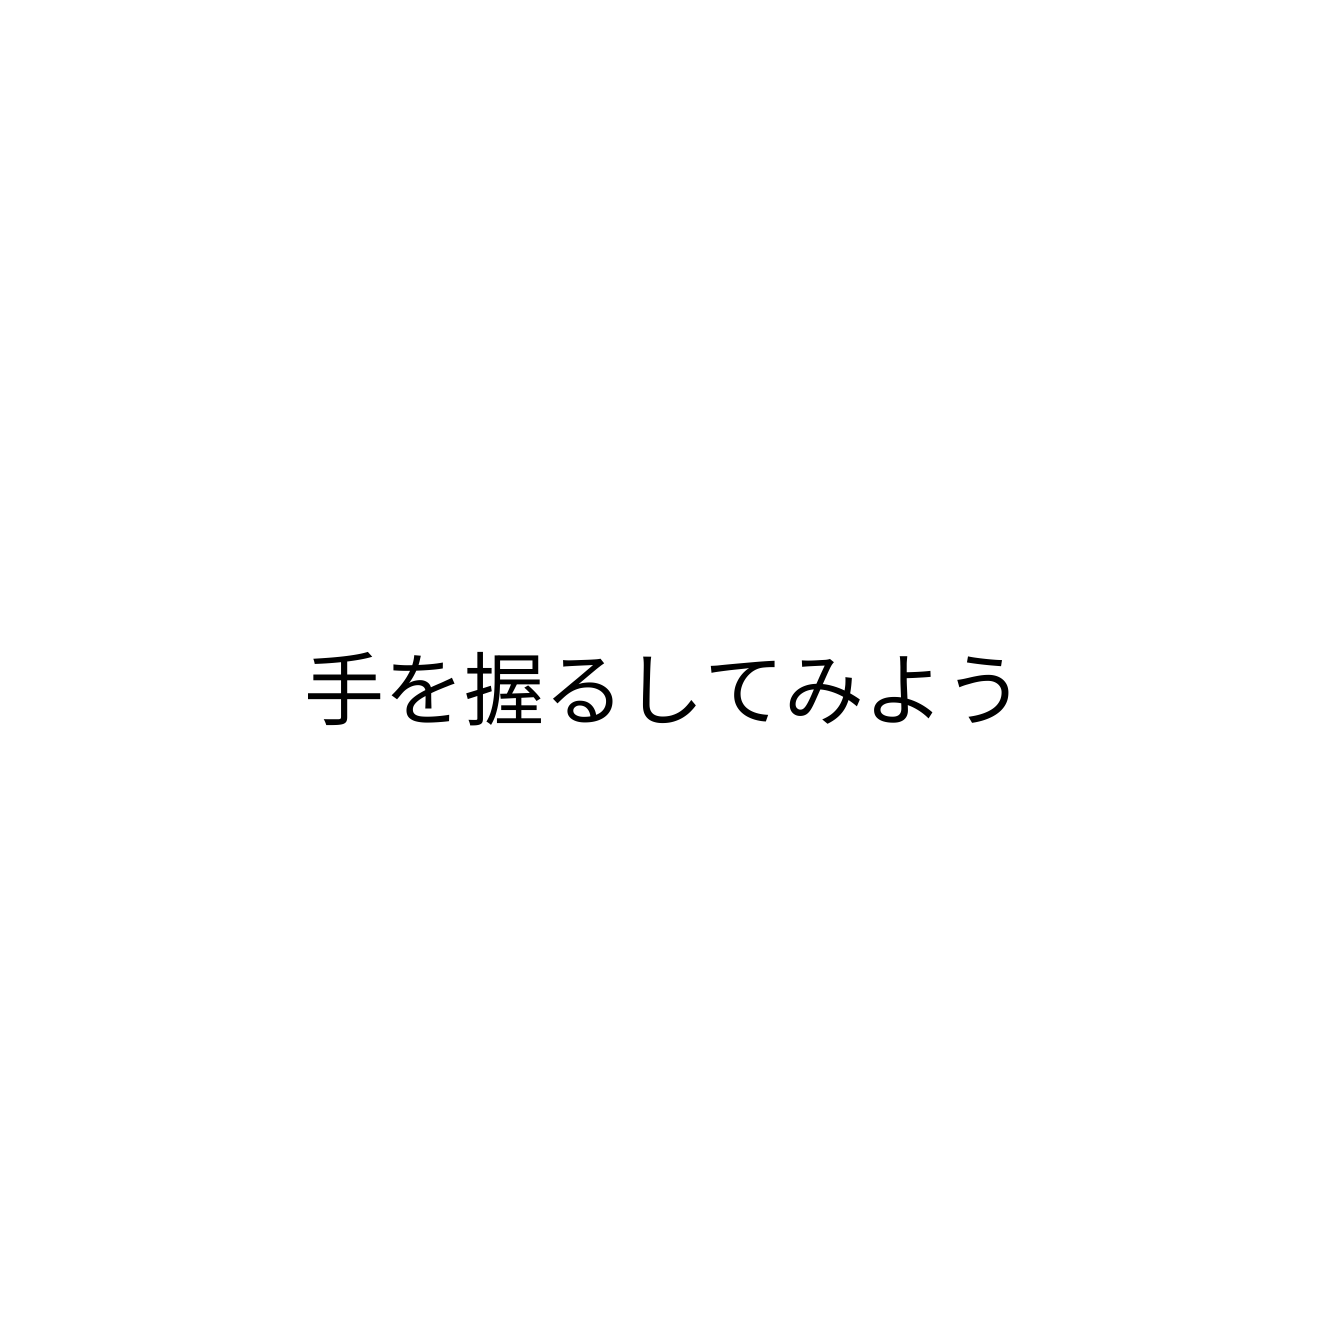
手を握るしてみよう